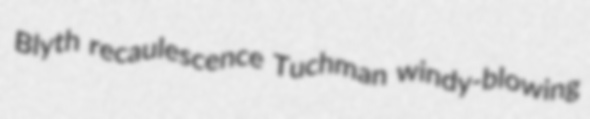
Blyth recaulescence Tuchman windy-blowing